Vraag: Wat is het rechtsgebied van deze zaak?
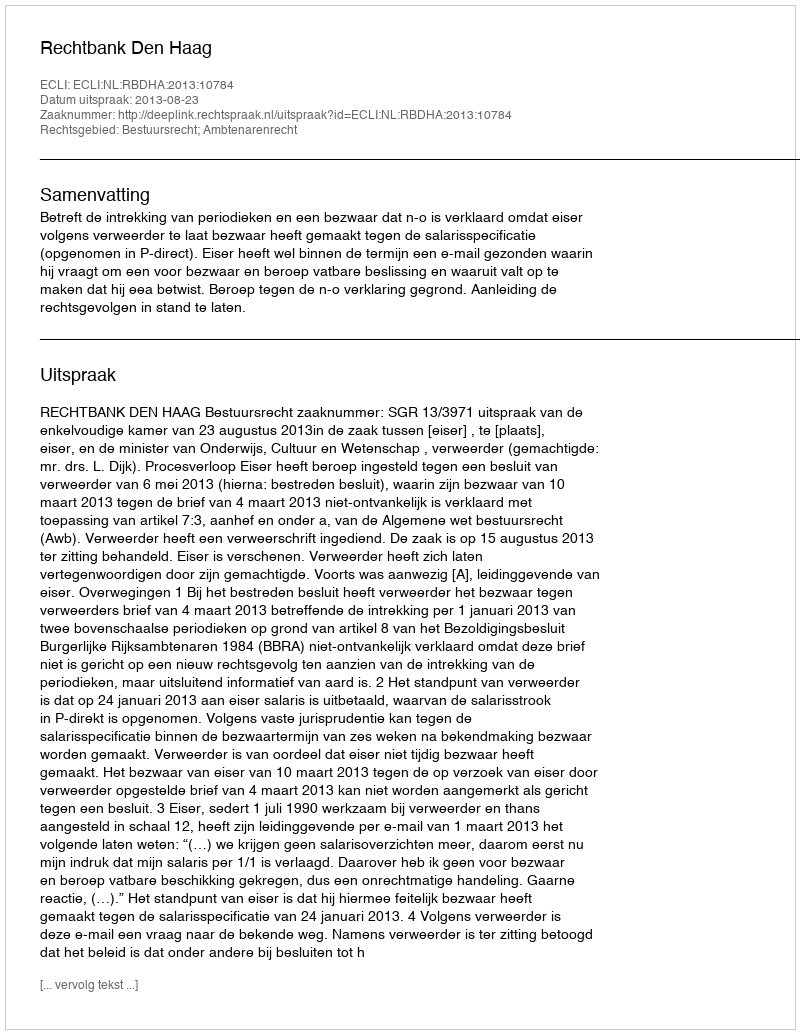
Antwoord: Bestuursrecht; Ambtenarenrecht